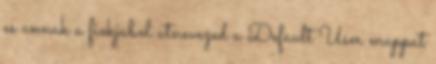
es annak a fiokjabol atnevezed a Default User mappat